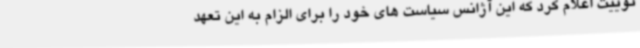
توییت اعلام کرد که این آژانس سیاست های خود را برای الزام به این تعهد